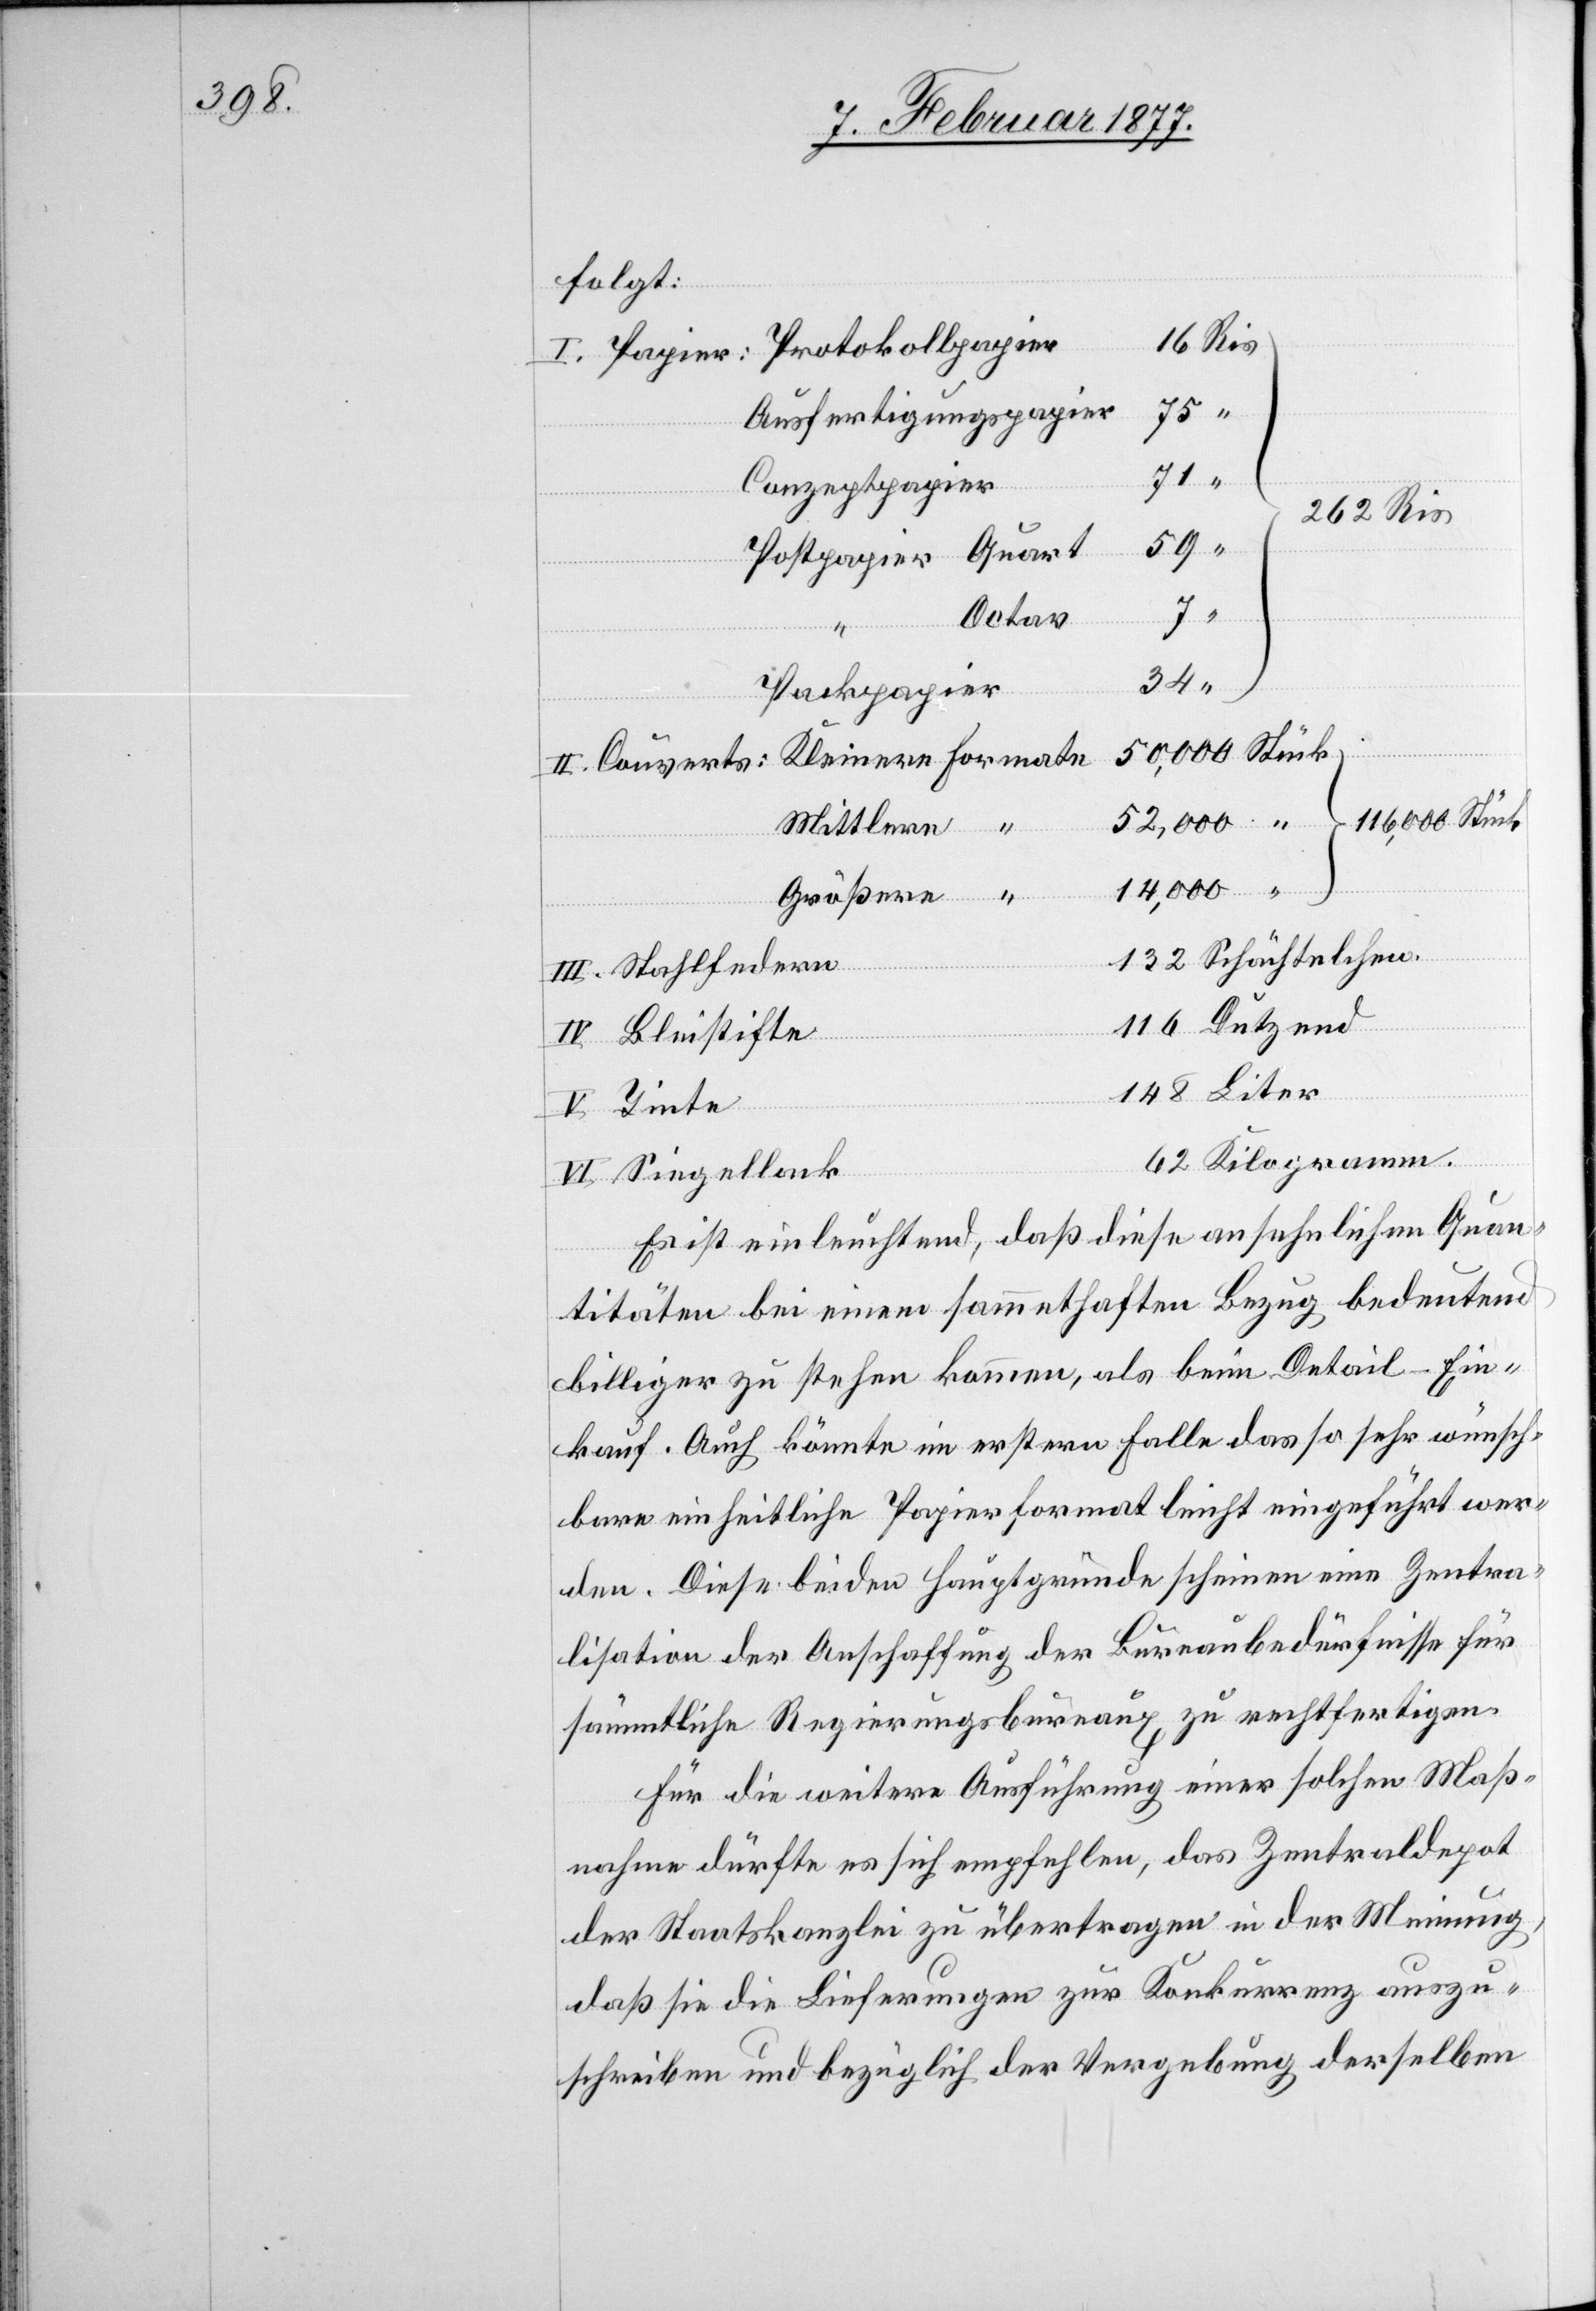
folgt:
“
Protokollpapier
I. Papier:
Pos¬
Ausfertigungspapier
116
“
Conzeptpapier
262 Ris
Octav
34
Packpapier
116,000 Stück
II. Couverts:
Mittlere
14,000
Größere
III. Stahlfedern
Dutzend
Liter
IV. Bleistifte
V. Tinte
VI. Siegellack
62
Es ist einleuchtend, daß diese ansehnlichen Quan¬
titäten bei einem sammethaften Bezug bedeutend
billiger zu stehen kommen, als beim Detail-Ein¬
kauf. Auch könnte im erstern Falle das so sehr wünsch¬
bare einheitliche Papierformat leicht eingeführt wer¬
den. Diese beiden Hauptgründe scheinen eine Zentra¬
lisation der Anschaffung der Bureaubedürfnisse für
sämmtliche Regierungsbureaux zu rechtfertigen.
Für die weitere Ausführung einer solchen Maß¬
nahme dürfte es sich empfehlen, das Zentraldepot
der Staatskanzlei zu übertragen in der Meinung,
daß sie die Lieferungen zur Konkurrenz auszu¬
schreiben und bezüglich der Vergebung derselben